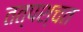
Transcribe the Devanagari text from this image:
तत्पश्चत